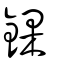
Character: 錁